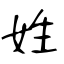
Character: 姓